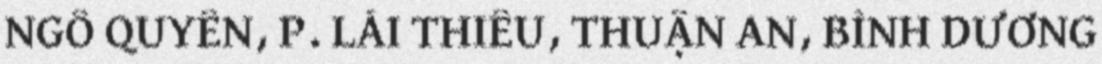
NGÔ QUYỀN, P. LÁI THIÊU, THUẬN AN, BÌNH DƯƠNG